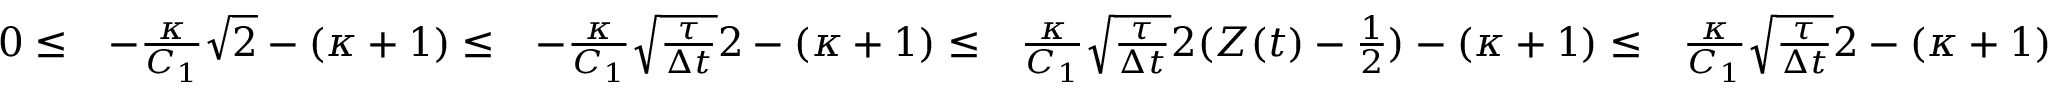
\begin{array} { r l r l r } { 0 \le } & { - \frac { \kappa } { C _ { 1 } } \sqrt { 2 } - ( \kappa + 1 ) \le } & { - \frac { \kappa } { C _ { 1 } } \sqrt { \frac { \tau } { \Delta t } } 2 - ( \kappa + 1 ) \le } & { \frac { \kappa } { C _ { 1 } } \sqrt { \frac { \tau } { \Delta t } } 2 ( Z ( t ) - \frac { 1 } { 2 } ) - ( \kappa + 1 ) \le } & { \frac { \kappa } { C _ { 1 } } \sqrt { \frac { \tau } { \Delta t } } 2 - ( \kappa + 1 ) } \end{array}